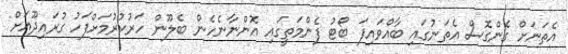
އެތަނަށް ގެންގޮސް އެތަނުގައި ބާއްވައިފަ ބޯޓު ފެންމަތީގައި އޮންނާނެހެން ބެލޫން ހަރުކުރުމަށްފަހު ގުރައިދޫއަށް